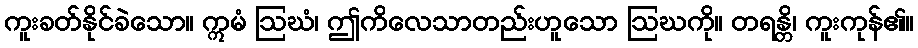
ကူးခတ်နိုင်ခဲသော။ ဣမံ ဩဃံ၊ ဤကိလေသာတည်းဟူသော ဩဃကို။ တရန္တိ၊ ကူးကုန်၏။